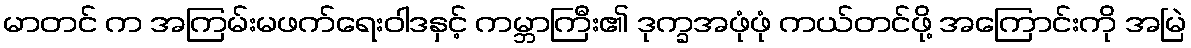
မာတင် က အကြမ်းမဖက်ရေးဝါဒနှင့် ကမ္ဘာကြီး၏ ဒုက္ခအဖုံဖုံ ကယ်တင်ဖို့ အကြောင်းကို အမြဲ